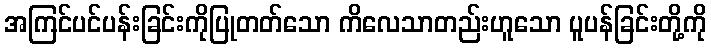
အကြင်ပင်ပန်းခြင်းကိုပြုတတ်သော ကိလေသာတည်းဟူသော ပူပန်ခြင်းတို့ကို